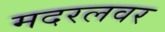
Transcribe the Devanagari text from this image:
मदरलवर